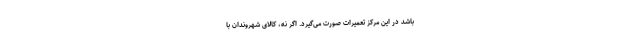
باشد در این مرکز تعمیرات صورت می‌گیرد. اگر نه، کالای شهروندان با